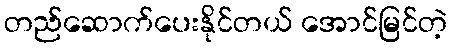
တည်ဆောက်ပေးနိုင်တယ် အောင်မြင်တဲ့